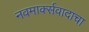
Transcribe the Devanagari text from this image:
नवमार्क्सवादाचा